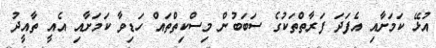
އުޅޭ ކަމަށާއި އެފަދަ ފަރާތްތަކުގެ ސަބަބުން މިސްކިތްތައް ހަޑިވާ ކަމަށާއި އެއީ ތާއީދު